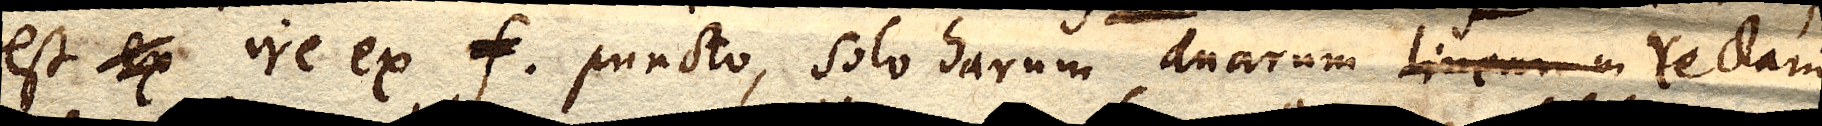
est ex ire ex f. puncto, solo harum duarum linearum rectam